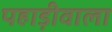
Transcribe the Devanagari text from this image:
पहाड़ीवाला